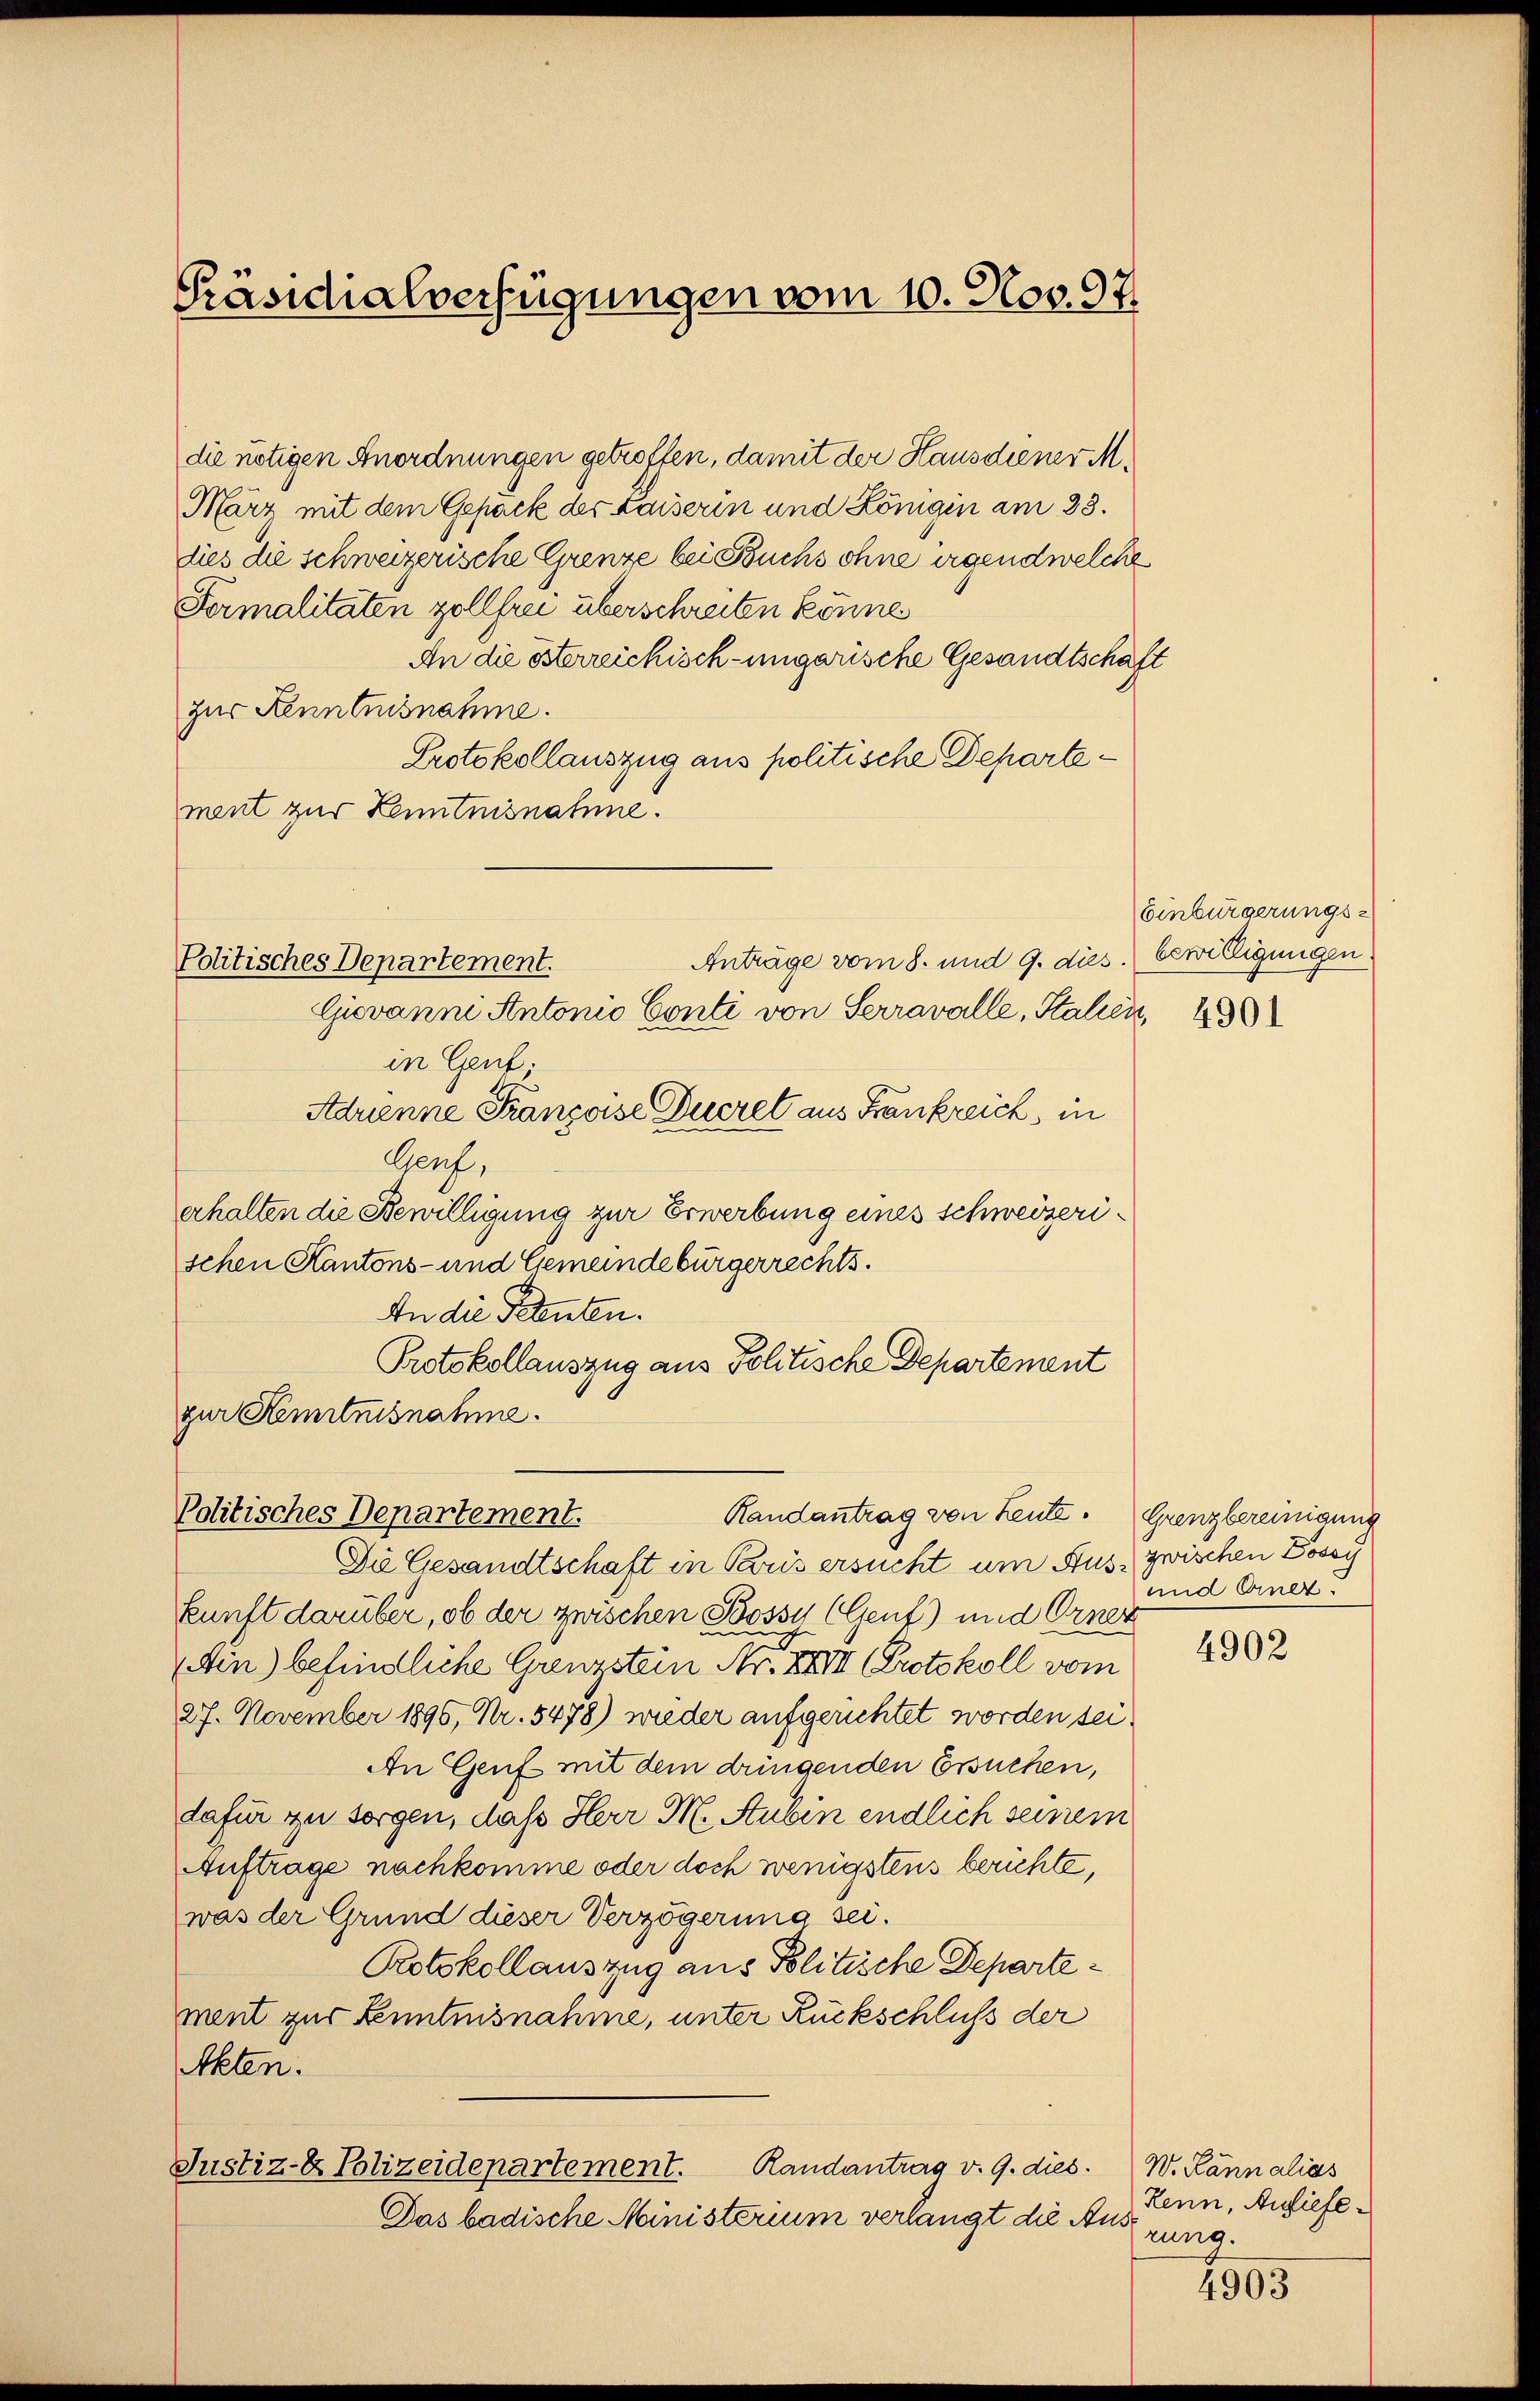
Präsidialverfügungen vom 10. Nov. 97.

Politisches Departement.

die nötigen Anordnungen getroffen, damit der Hausdiener M.
März mit dem Gepäck der Kaiserin und Königin am 23.
dies die schweizerische Grenze bei Buchs ohne irgendwelche
Formalitäten zollfrei überschreiten könne
An die österreichisch-ungarische Gesandtschaft
zur Kenntnisnahme.
Protokollauszug aus politische Departement zur Kenntnisnahme.
Anträge vom 8. und 9. dies. bewilligungen
Giovanni Antonio Conti von Serravalle, Stalien,
in Genf
Adrienne Franzoise Ducret aus Frankreich, in
Genf,
erhalten die Bewilligung zur Erwerbung eines schweizerischen Kantons- und Gemeindebürgerrechts.
An die Petenten.
Protokollauszug aus Politische Departement
gur Kenntnisnahme.
Randantrag von Leute. Grenzbereinigung
Politisches Departement.
Die Gesandtschaft in Paris ersucht um Aus- zwischen Tossy
kunft darüber, ob der zwischen Bossy (Genf) und Orner
Ain) befindliche Grenzstein Nr. XXIII (Protokoll vom
27. November 1896, Nr. 5478) wieder aufgerichtet worden sei.
An Genf mit dem dringenden Ersuchen,
dafür zu sorgen, daß Herr M. Aubin endlich seinem
Auftrage nachkomme oder doch wenigstens berichte,
was der Grund dieser Verzögerung sei.
Rotokollauszug aus Politische Departement zur Kenntnisnahme, unter Rückschluß der
Akten.
Randantrag v. 9. dies. W. Kännalias
Justiz- & Polizeidepartement.
Das badische Ministerium verlangt die Aus¬

Einbürgerungs¬

4901

und Einz.

4902

Renn, Auslieferung.

4903